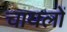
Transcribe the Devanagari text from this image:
चायलों